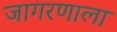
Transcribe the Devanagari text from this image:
जागरणाला